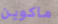
ماكوين